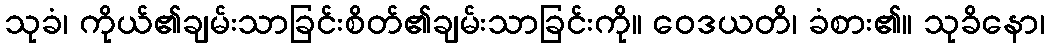
သုခံ၊ ကိုယ်၏ချမ်းသာခြင်းစိတ်၏ချမ်းသာခြင်းကို။ ဝေဒယတိ၊ ခံစား၏။ သုခိနော၊